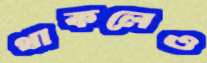
থাকলেও